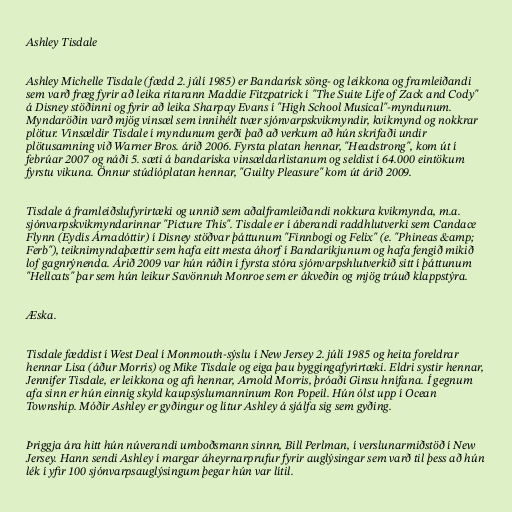
Ashley Tisdale

Ashley Michelle Tisdale (fædd 2. júlí 1985) er Bandarísk söng- og leikkona og framleiðandi
sem varð fræg fyrir að leika ritarann Maddie Fitzpatrick í "The Suite Life of Zack and Cody"
á Disney stöðinni og fyrir að leika Sharpay Evans í "High School Musical"-myndunum.
Myndaröðin varð mjög vinsæl sem innihélt tvær sjónvarpskvikmyndir, kvikmynd og nokkrar
plötur. Vinsældir Tisdale í myndunum gerði það að verkum að hún skrifaði undir
plötusamning við Warner Bros. árið 2006. Fyrsta platan hennar, "Headstrong", kom út í
febrúar 2007 og náði 5. sæti á bandaríska vinsældarlistanum og seldist í 64.000 eintökum
fyrstu vikuna. Önnur stúdíóplatan hennar, "Guilty Pleasure" kom út árið 2009.

Tisdale á framleiðslufyrirtæki og unnið sem aðalframleiðandi nokkura kvikmynda, m.a.
sjónvarpskvikmyndarinnar "Picture This". Tisdale er í áberandi raddhlutverki sem Candace
Flynn (Eydís Árnadóttir) í Disney stöðvar þáttunum "Finnbogi og Felix" (e. "Phineas &amp;
Ferb"), teiknimyndaþættir sem hafa eitt mesta áhorf í Bandaríkjunum og hafa fengið mikið
lof gagnrýnenda. Árið 2009 var hún ráðin í fyrsta stóra sjónvarpshlutverkið sitt í þáttunum
"Hellcats" þar sem hún leikur Savönnuh Monroe sem er ákveðin og mjög trúuð klappstýra.

Æska.

Tisdale fæddist í West Deal í Monmouth-sýslu í New Jersey 2. júlí 1985 og heita foreldrar
hennar Lisa (áður Morris) og Mike Tisdale og eiga þau byggingafyrirtæki. Eldri systir hennar,
Jennifer Tisdale, er leikkona og afi hennar, Arnold Morris, þróaði Ginsu hnífana. Í gegnum
afa sinn er hún einnig skyld kaupsýslumanninum Ron Popeil. Hún ólst upp í Ocean
Township. Móðir Ashley er gyðingur og lítur Ashley á sjálfa sig sem gyðing.

Þriggja ára hitt hún núverandi umboðsmann sinnn, Bill Perlman, í verslunarmiðstöð í New
Jersey. Hann sendi Ashley í margar áheyrnarprufur fyrir auglýsingar sem varð til þess að hún
lék í yfir 100 sjónvarpsauglýsingum þegar hún var lítil.